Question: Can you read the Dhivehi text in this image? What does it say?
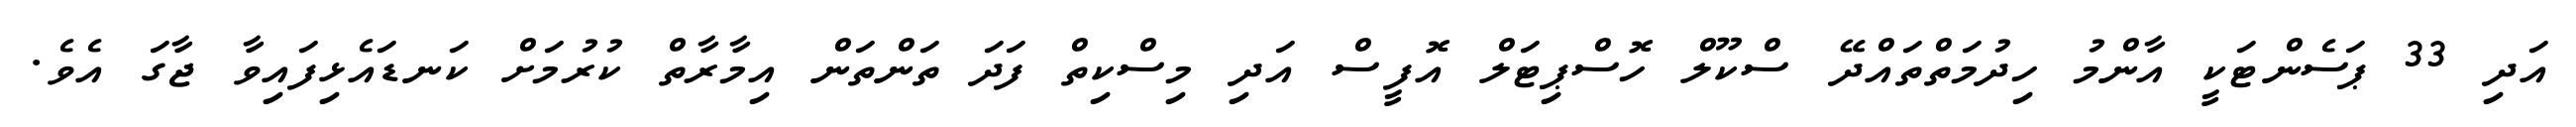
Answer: އަދި 33 ޕަސެންޓަކީ އާންމު ހިދުމަތްތައްދޭ ސްކޫލް ހޮސްޕިޓަލް އޮފީސް އަދި މިސްކިތް ފަދަ ތަންތަން އިމާރާތް ކުރުމަށް ކަނޑައެޅިފައިވާ ޖާގަ އެވެ.